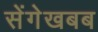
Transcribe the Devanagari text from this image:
सेंगेखबब